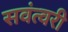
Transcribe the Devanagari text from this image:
सवंत्वरी